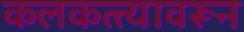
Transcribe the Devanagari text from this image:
कलकत्त्यावरून